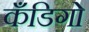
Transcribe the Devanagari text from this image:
कँडिगो